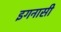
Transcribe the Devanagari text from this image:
इगनासी